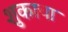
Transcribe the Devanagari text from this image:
शुकाचा